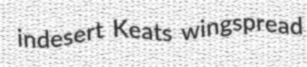
indesert Keats wingspread